Scottish Certificate of Education, 1962
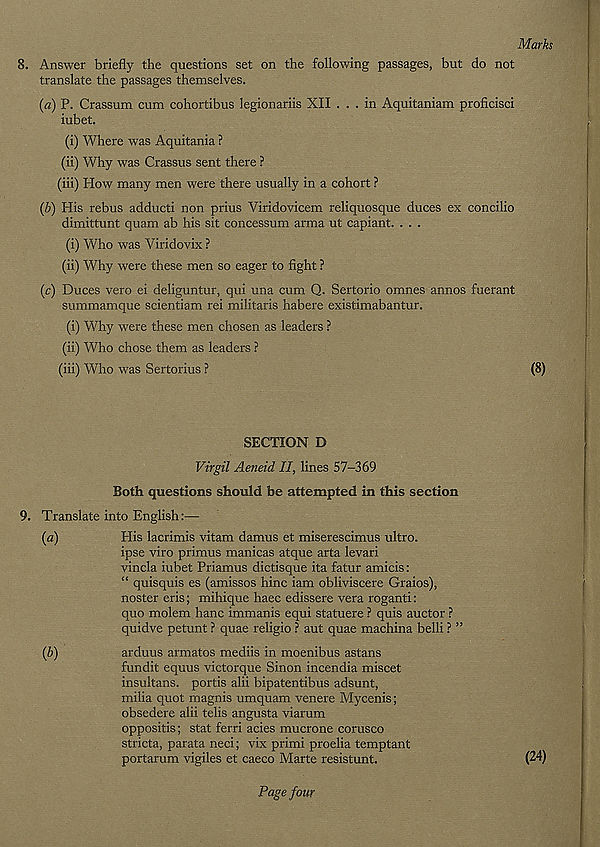
Marks
8. Answer briefly the questions set on the following passages, but do not
translate the passages themselves.
(«) P. Crassum cum cohortibus legionariis XII ... in Aquitaniam proficisci
iubet.
(i) Where was Aquitania ?
(ii) Why was Crassus sent there ?
(iii) How many men were there usually in a cohort ?
{b) His rebus adducti non prius Viridovicem reliquosque duces ex concilio
dimittunt quam ab his sit concessum arma ut capiant. . . .
(i) Who was Viridovix ?
(ii) Why were these men so eager to fight ?
(c) Duces vero ei deliguntur, qui una cum Q. Sertorio omnes annos fuerant
summamque scientiam rei militaris habere existimabantur.
(i) Why were these men chosen as leaders ?
(ii) Who chose them as leaders ?
(iii) Who was Sertorius ?
(8)
SECTION D
Virgil Aeneid II, lines 57-369
Both questions should be attempted in this section
9. Translate into English:—
(a)
His lacrimis vitam damus et miserescimus ultro.
ipse viro primus manicas atque arta levari
vincla iubet Priamus dictisque ita fatur amicis:
“ quisquis es (amissos hinc iam obliviscere Graios),
noster eris; mihique haec edissere vera roganti:
quo molem hanc immanis equi statuere ? quis auctor ?
quidve petunt ? quae religio ? aut quae machina belli ? ”
(b)
arduus armatos mediis in moenibus astans
fundit equus victorque Sinon incendia miscet
insultans, portis alii bipatentibus adsunt,
milia quot magnis umquam venere Mycenis;
obsedere alii telis angusta viarum
oppositis; stat ferri acies mucrone corusco
stricta, parata neci; vix primi proelia temptant
portarum vigiles et caeco Marte resistunt.
(24)
Page four